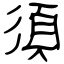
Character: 須